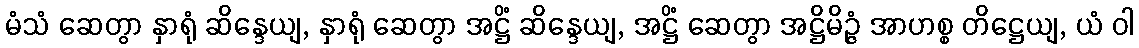
မံသံ ဆေတွာ နှာရုံ ဆိန္ဒေယျ, နှာရုံ ဆေတွာ အဋ္ဌိံ ဆိန္ဒေယျ, အဋ္ဌိံ ဆေတွာ အဋ္ဌိမိဉ္ဇံ အာဟစ္စ တိဋ္ဌေယျ, ယံ ဝါ